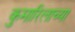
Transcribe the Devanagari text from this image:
कुमारिलाच्या